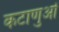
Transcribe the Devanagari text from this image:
कटाणुओं